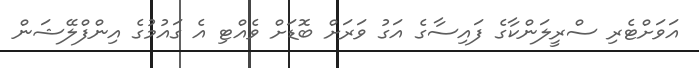
އަވަށްޓެރި ސްރީލަންކާގެ ފައިސާގެ އަގު ވަރަށް ބޮޑަށް ވެއްޓި އެ ގައުމުގެ އިންފްލޭޝަން